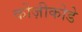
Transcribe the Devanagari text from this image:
कोज़ीकोडे